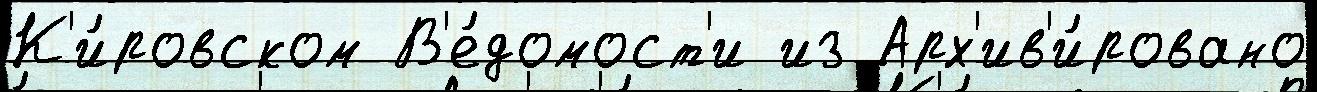
К'и́ровском В'е́домост'и из Арх'ив'и́ровано